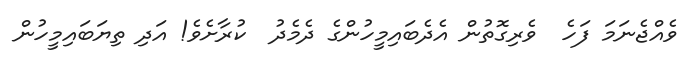
ވެއްޖެނަމަ ފަހެ  ވެރިގޮތުން އެދެބައިމީހުންގެ ދެމެދު  ކުރާށެވެ! އަދި ތިޔަބައިމީހުން